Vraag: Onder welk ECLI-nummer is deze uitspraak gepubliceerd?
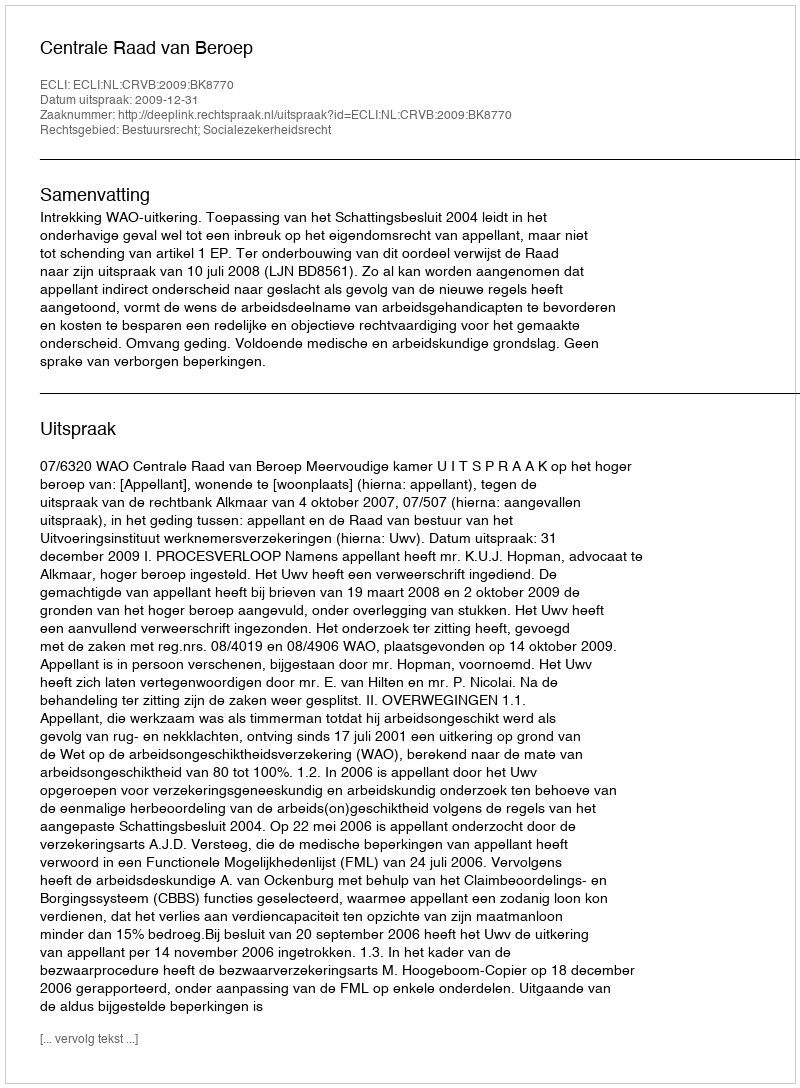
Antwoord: ECLI:NL:CRVB:2009:BK8770